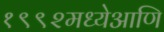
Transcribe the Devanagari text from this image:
१९९२मध्येआणि